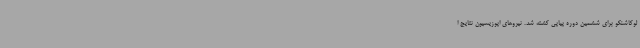
لوکاشنکو برای ششمین دوره پیاپی کشته شد. نیروهای اپوزیسیون نتایج ا